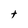
Character: t